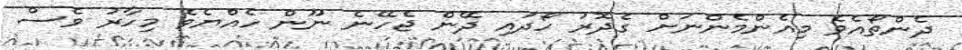
ދެންތޯއެވެ މިއެންމެންނަށް ގެދޮރު ހޯދައި ދޭން ޖެހޭނެ ނޫން ހެއްޔެވެ މިހާރު ވެސް